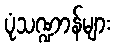
ပုံသဏ္ဍာန်များ